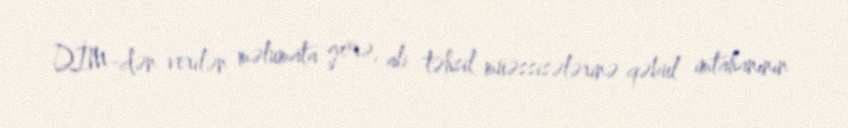
DİM-dən verilən məlumata görə, ali təhsil müəssisələrinə qəbul imtahanının